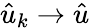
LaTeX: \hat{u}_{k}\to\hat{u}